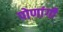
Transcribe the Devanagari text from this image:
पोणांगी